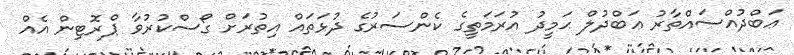
ޢަބްދުއްސައްތާރު ޢަބްދުލް ޙަމީދު އުރަމަތީގެ ކެންސަރުގެ ދުޅަތައް އިތުރަށް ގޯސްކުރުވާ ޕްރޮޓިން އެއް